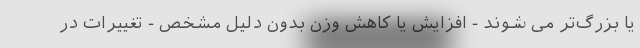
یا بزرگ‌تر می شوند - افزایش یا کاهش وزن بدون دلیل مشخص - تغییرات در